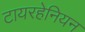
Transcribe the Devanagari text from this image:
टायरहेनियन